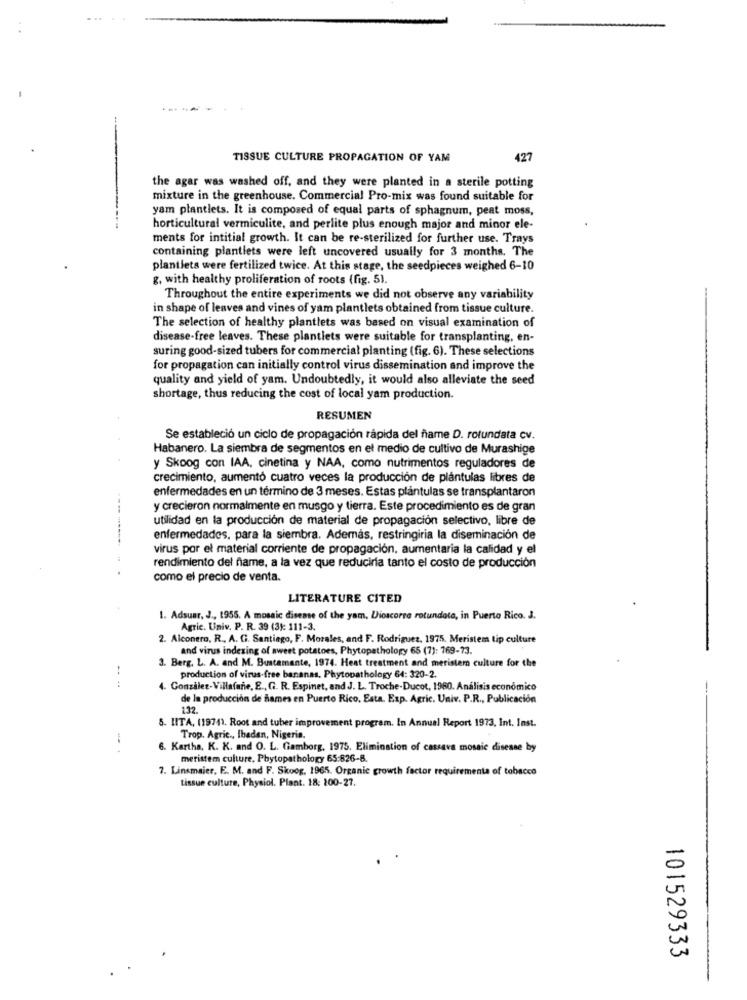
TISSUE CULTURE PROPAGATION OF YAM
427
the agar was washed off, and they were planted in a sterile potting
mixture in the greenhouse. Commercial Pro-mix was found suitable for
yam plantlets. It is composed of equal parts of sphagnum, peat moss,
horticultural vermiculite, and perlite plus enough major and minor ele-
ments for intitial growth. It can be re-sterilized for further use. Trays
containing plantlets were left uncovered usually for 3 months. The
plantlets were fertilized twice. At this stage, the seedpieces weighed 6-10
g, with healthy proliferation of roots (fig. 5).
Throughout the entire experiments we did not observe any variability
in shape of leaves and vines of yam plantlets obtained from tissue culture.
The selection of healthy plantlets was based on visual examination of
disease-free leaves. These plantlets were suitable for transplanting, en-
suring good-sized tubers for commercial planting (fig. 6). These selections
for propagation can initially control virus dissemination and improve the
quality and yield of yam. Undoubtedly, it would also alleviate the seed
shortage, thus reducing the cost of local yam production.
RESUMEN
Se estableció un ciclo de propagación rápida del ñame D. rotundata cv.
Habanero. La siembra de segmentos en el medio de cultivo de Murashige
y Skoog con IAA, cinetina y NAA, como nutrimentos reguladores de
crecimiento, aumentó cuatro veces la producción de plantulas libres de
enfermedades en un término de 3 meses. Estas plantulas se transplantaron
y crecieron normalmente en musgo y tierra. Este procedimiento es de gran
utilidad en la producción de material de propagación selectivo, libre de
enfermedades, para la siembra. Además, restringiria la diseminación de
virus por el material corriente de propagación, aumentaria la calidad y el
rendimiento del fame, a la vez que reducirla tanto el costo de producción
como el precio de venta.
LITERATURE CITED
1. Adsuar, J ., 1955. A mosaic disease of the yam, Dioscorre rotundata, in Puerto Rico. J.
Agric. Univ. P. R. 39 (3): 111-3.
2. Alconero, R ., A. G. Santiago, F. Morales, and F. Rodriguez, 1975. Meristem tip culture
and virus indexing of sweet potatoes, Phytopathology 65 (7): 769-73.
3. Berg, L. A. and M. Bustamante, 1974. Heat treatment and meristem culture for the
production of virus-free bananas. Phytopathology 64: 320-2.
. Gonzalez-Villafane, E ., G. R. Espinet, and J. L. Troche-Ducot, 1960. Análisis económico
de la producción de Bames en Puerto Rico, Esta. Exp. Agric. Univ. P.R ., Publicación
132.
5. HITA, (1974). Root and tuber improvement program. In Annual Report 1973, Int. Inst.
Trop. Agric ., Ibadan, Nigeria.
6. Kartha, K. K. and O. L. Gamborg, 1975. Elimination of cassava mosaic disease by
metistem culture, Phytopathology 65:826-8.
7. Linsmaier, E. M. and F. Skoog, 1965. Organic growth factor requirementa of tobacco
tissue culture, Physiol. Plant. 18: 100-27.
101529333